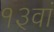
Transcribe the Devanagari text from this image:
१३वां